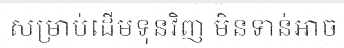
សម្រាប់ដើមទុនវិញ មិនទាន់អាច